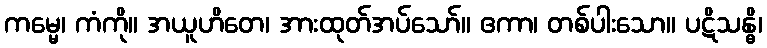
ကမ္မေ၊ ကံကို။ အယူဟိတေ၊ အားထုတ်အပ်သော်။ ဧကာ၊ တစ်ပါးသော။ ပဋိသန္ဓိ၊